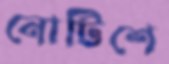
নোটিশে